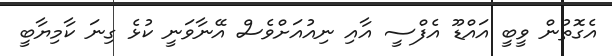
އެގޮތުން ވީބީ އައްޑޫ އެފްސީ އާއި ނިއުއަށްވެސް އޭނާވަނީ ކުޅެ ގިނަ ކާމިޔާބީ